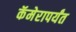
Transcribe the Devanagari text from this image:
कॅमेरापर्यंत